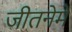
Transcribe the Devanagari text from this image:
जीतनेमे